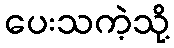
ပေးသကဲ့သို့